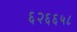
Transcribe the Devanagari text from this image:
६२६६५८